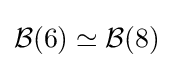
{\mathcal {B}}(6)\simeq {\mathcal {B}}(8)